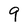
Character: 9